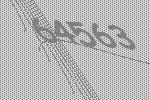
64563